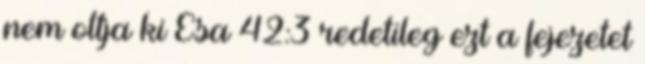
nem oltja ki Ésa 42:3 redetileg ezt a fejezetet